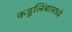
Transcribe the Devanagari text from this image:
कडूलिंबामध्ये